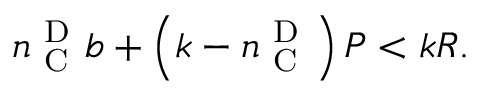
n _ { \mathrm { ~ C ~ } } ^ { \mathrm { ~ D ~ } } b + \left( k - n _ { \mathrm { ~ C ~ } } ^ { \mathrm { ~ D ~ } } \right) P < k R .